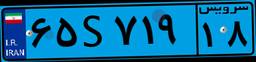
۶۵S۷۱۹۱۸